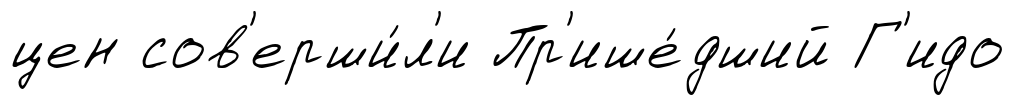
цен сов'ерши́л'и Пр'ише́дший Г'идо